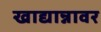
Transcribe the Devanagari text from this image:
खाद्यान्नावर